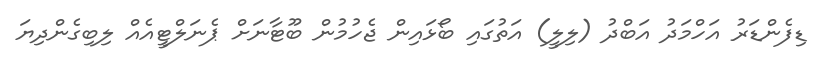
ޑިފެންޑަރު އަހްމަދު އަބްދު (ލިލީ) އަތުގައި ބޯޅައިން ޖެހުމުން ބޫޓާނަށް ޕެނަލްޓީއެއް ލިބިގެންދިޔަ